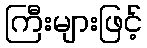
ကြီးများဖြင့်